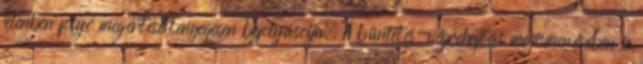
jelenben folyó megértése lényegesen befolyásolja. A büntetés-végrehajtás megismerésében is